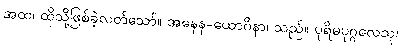
အထ၊ ထိုသို့ဖြစ်ခဲ့လတ်သော်။ အနေန-ယောဂိနာ၊ သည်။ ပုရိမပုဂ္ဂလေသု၊